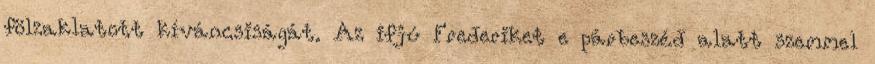
fölzaklatott kíváncsiságát. Az ifjú Frederiket e párbeszéd alatt szemmel